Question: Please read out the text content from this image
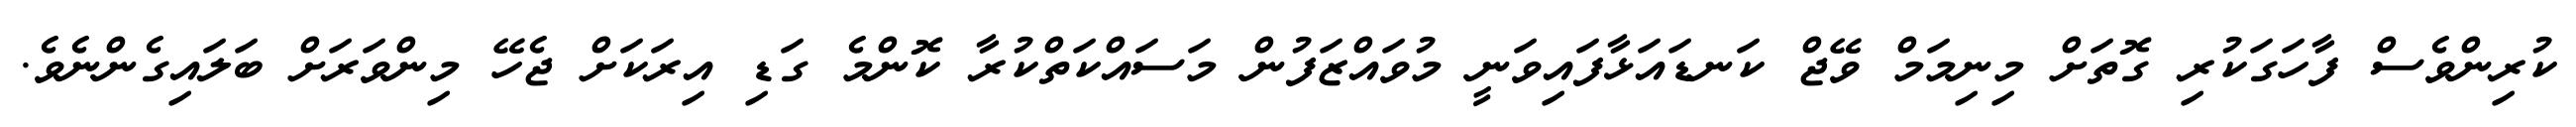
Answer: ކުރިންވެސް ފާހަގަކުރި ގޮތަށް މިނިމަމް ވޭޖް ކަނޑައަޅާފައިވަނީ މުވައްޒަފުން މަސައްކަތްކުރާ ކޮންމެ ގަޑި އިރަކަށް ޖެހޭ މިންވަރަށް ބަލައިގެންނެވެ.